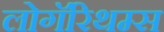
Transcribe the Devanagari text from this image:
लोगॅरिथम्स